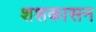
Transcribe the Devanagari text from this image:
शशकासन